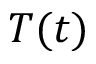
T ( t )